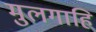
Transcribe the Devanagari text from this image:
मुलगाहि